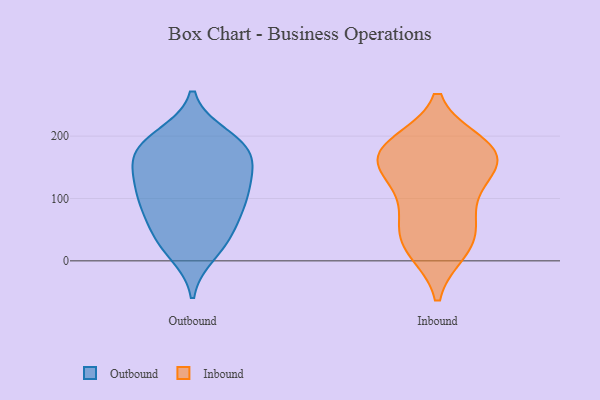
{"axis": {"x": "Inventory Turnover", "y": "Value"}, "legend": ["Inbound", "Outbound"], "data": [{"x": "", "y": 148, "type": "Outbound"}, {"x": "", "y": 29, "type": "Outbound"}, {"x": "", "y": 93, "type": "Outbound"}, {"x": "", "y": 35, "type": "Outbound"}, {"x": "", "y": 180, "type": "Outbound"}, {"x": "", "y": 130, "type": "Outbound"}, {"x": "", "y": 182, "type": "Outbound"}, {"x": "", "y": 95, "type": "Outbound"}, {"x": "", "y": 199, "type": "Outbound"}, {"x": "", "y": 78, "type": "Outbound"}, {"x": "", "y": 13, "type": "Outbound"}, {"x": "", "y": 183, "type": "Outbound"}, {"x": "", "y": 105, "type": "Outbound"}, {"x": "", "y": 185, "type": "Outbound"}, {"x": "", "y": 153, "type": "Outbound"}, {"x": "", "y": 57, "type": "Outbound"}, {"x": "", "y": 126, "type": "Outbound"}, {"x": "", "y": 17, "type": "Inbound"}, {"x": "", "y": 187, "type": "Inbound"}, {"x": "", "y": 177, "type": "Inbound"}, {"x": "", "y": 183, "type": "Inbound"}, {"x": "", "y": 72, "type": "Inbound"}, {"x": "", "y": 17, "type": "Inbound"}, {"x": "", "y": 166, "type": "Inbound"}, {"x": "", "y": 107, "type": "Inbound"}, {"x": "", "y": 40, "type": "Inbound"}, {"x": "", "y": 51, "type": "Inbound"}, {"x": "", "y": 169, "type": "Inbound"}, {"x": "", "y": 169, "type": "Inbound"}, {"x": "", "y": 127, "type": "Inbound"}, {"x": "", "y": 143, "type": "Inbound"}]}